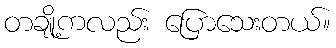
တချို့ကလည်း ပြောသေးတယ်။